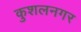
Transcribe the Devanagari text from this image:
कुशलनगर